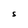
Character: S